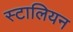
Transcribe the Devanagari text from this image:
स्टालियन